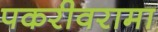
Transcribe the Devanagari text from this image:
पकरीवरामा